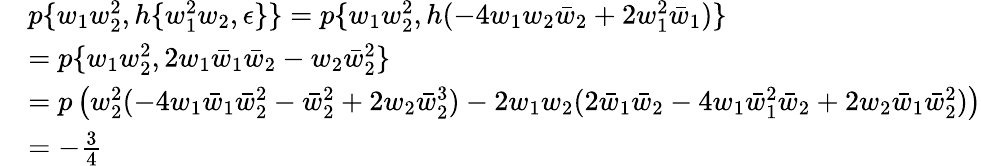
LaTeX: \begin{array}{rl}&{p\{ w_{1}w_{2}^{2},h\{ w_{1}^{2}w_{2},\epsilon\} \} =p\{ w_{1}w_{2}^{2},h(-4w_{1}w_{2}\bar{w}_{2}+2w_{1}^{2}\bar{w}_{1})\} }\\ &{=p\{ w_{1}w_{2}^{2},2w_{1}\bar{w}_{1}\bar{w}_{2}-w_{2}\bar{w}_{2}^{2}\} }\\ &{=p\left(w_{2}^{2}(-4w_{1}\bar{w}_{1}\bar{w}_{2}^{2}-\bar{w}_{2}^{2}+2w_{2}\bar{w}_{2}^{3})-2w_{1}w_{2}(2\bar{w}_{1}\bar{w}_{2}-4w_{1}\bar{w}_{1}^{2}\bar{w}_{2}+2w_{2}\bar{w}_{1}\bar{w}_{2}^{2})\right)}\\ &{=-\frac{3}{4}}\end{array}